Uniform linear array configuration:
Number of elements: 48
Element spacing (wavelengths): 0.75
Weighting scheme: kaiser
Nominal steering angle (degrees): -60
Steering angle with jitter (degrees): -59.524
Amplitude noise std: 0.05
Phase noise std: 0.05

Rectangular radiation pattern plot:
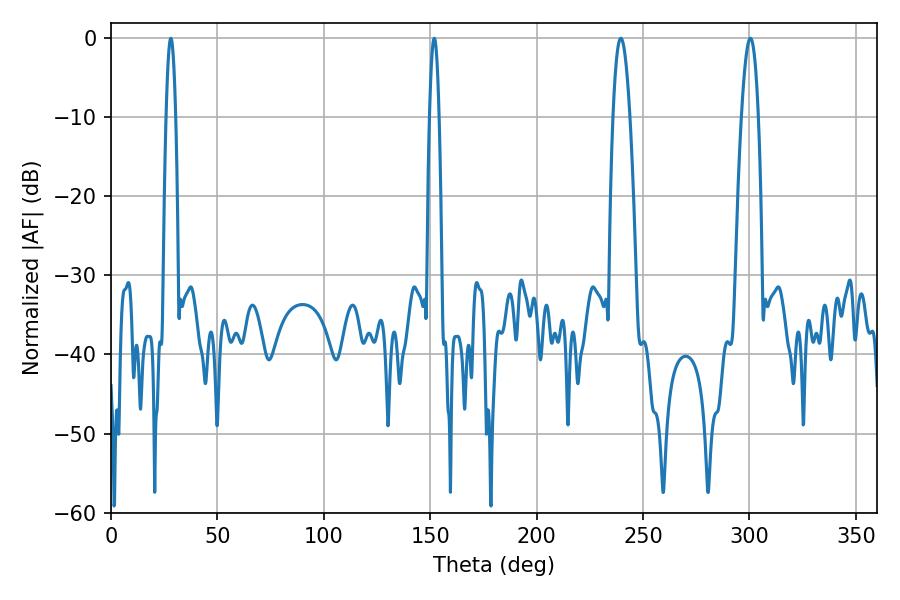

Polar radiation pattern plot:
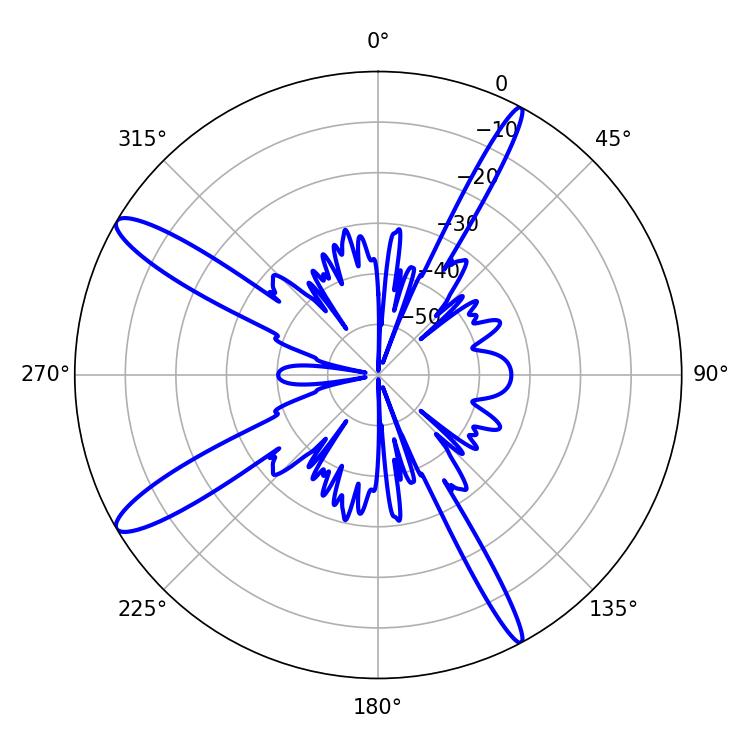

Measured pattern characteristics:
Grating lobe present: TRUE
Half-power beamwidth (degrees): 4.32
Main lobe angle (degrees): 300.42